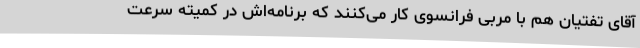
آقای تفتیان هم با مربی فرانسوی کار می‌کنند که برنامه‌اش در کمیته سرعت